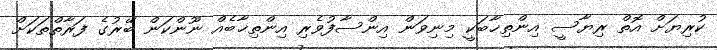
ކުރިޔަށް އޮތް ރިޔާސީ އިންތިޚާބަކީ މިނިވަން އިންސާފުވެރި އިންތިޚާބެއް ނޫންކަން ބޭރުގެ ފަރާތްތަަކަށް